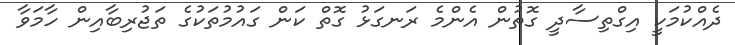
ދެއްކުމަކީ އިގްތިސާދީ ގޮތުން އެންމެ ރަނގަޅު ގޮތް ކަަން ގައުމުތަކުގެ ތަޖުރިބާއިން ހާމަވާ